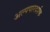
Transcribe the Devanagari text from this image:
अल्पपारदर्शक